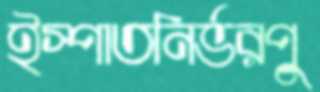
ইস্পাতনির্ভরপু